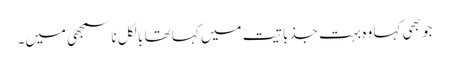
جو بھی کہا وہ بہت جذباتیت میں کہا تھا بالکل ناسمجھی میں۔